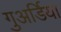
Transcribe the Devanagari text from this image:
गुअर्डिया